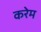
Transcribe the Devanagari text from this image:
करेम